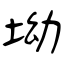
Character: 坳